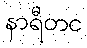
နာရီတင